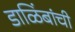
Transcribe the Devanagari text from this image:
डाळिंबांची